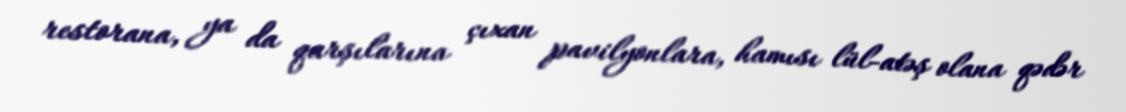
restorana, ya da qarşılarına çıxan pavilyonlara, hamısı lül-atəş olana qədər